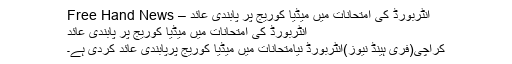
انٹربورڈ کی امتحانات میں میڈیا کوریج پر پابندی عائد – Free Hand News
انٹربورڈ کی امتحانات میں میڈیا کوریج پر پابندی عائد
کراچی(فری ہینڈ نیوز)انٹربورڈ نیامتحانات میں میڈیا کوریج پرپابندی عائد کردی ہے۔